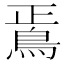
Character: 𩿳